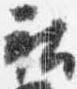
社